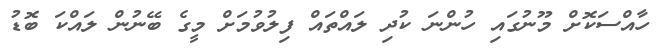
ހާއްސަކޮށް މޫނުގައި ހުންނަ ކުދި ލައްތައް ފިލުވުމަށް މީގެ ބޭނުން ލައްކަ ބޮޑު